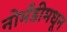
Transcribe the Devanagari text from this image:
नोर्मंडीमधून